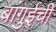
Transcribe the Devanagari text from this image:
बांगुईची